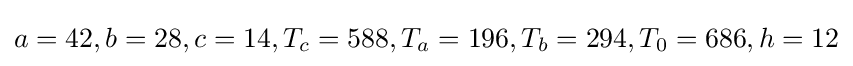
a=42,b=28,c=14,T_{c}=588,T_{a}=196,T_{b}=294,T_{0}=686,h=12